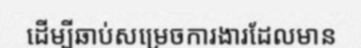
ដើម្បីឆាប់សម្រេចការងារដែលមាន